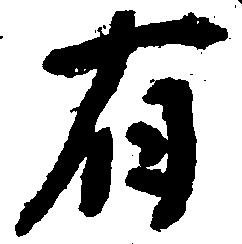
有